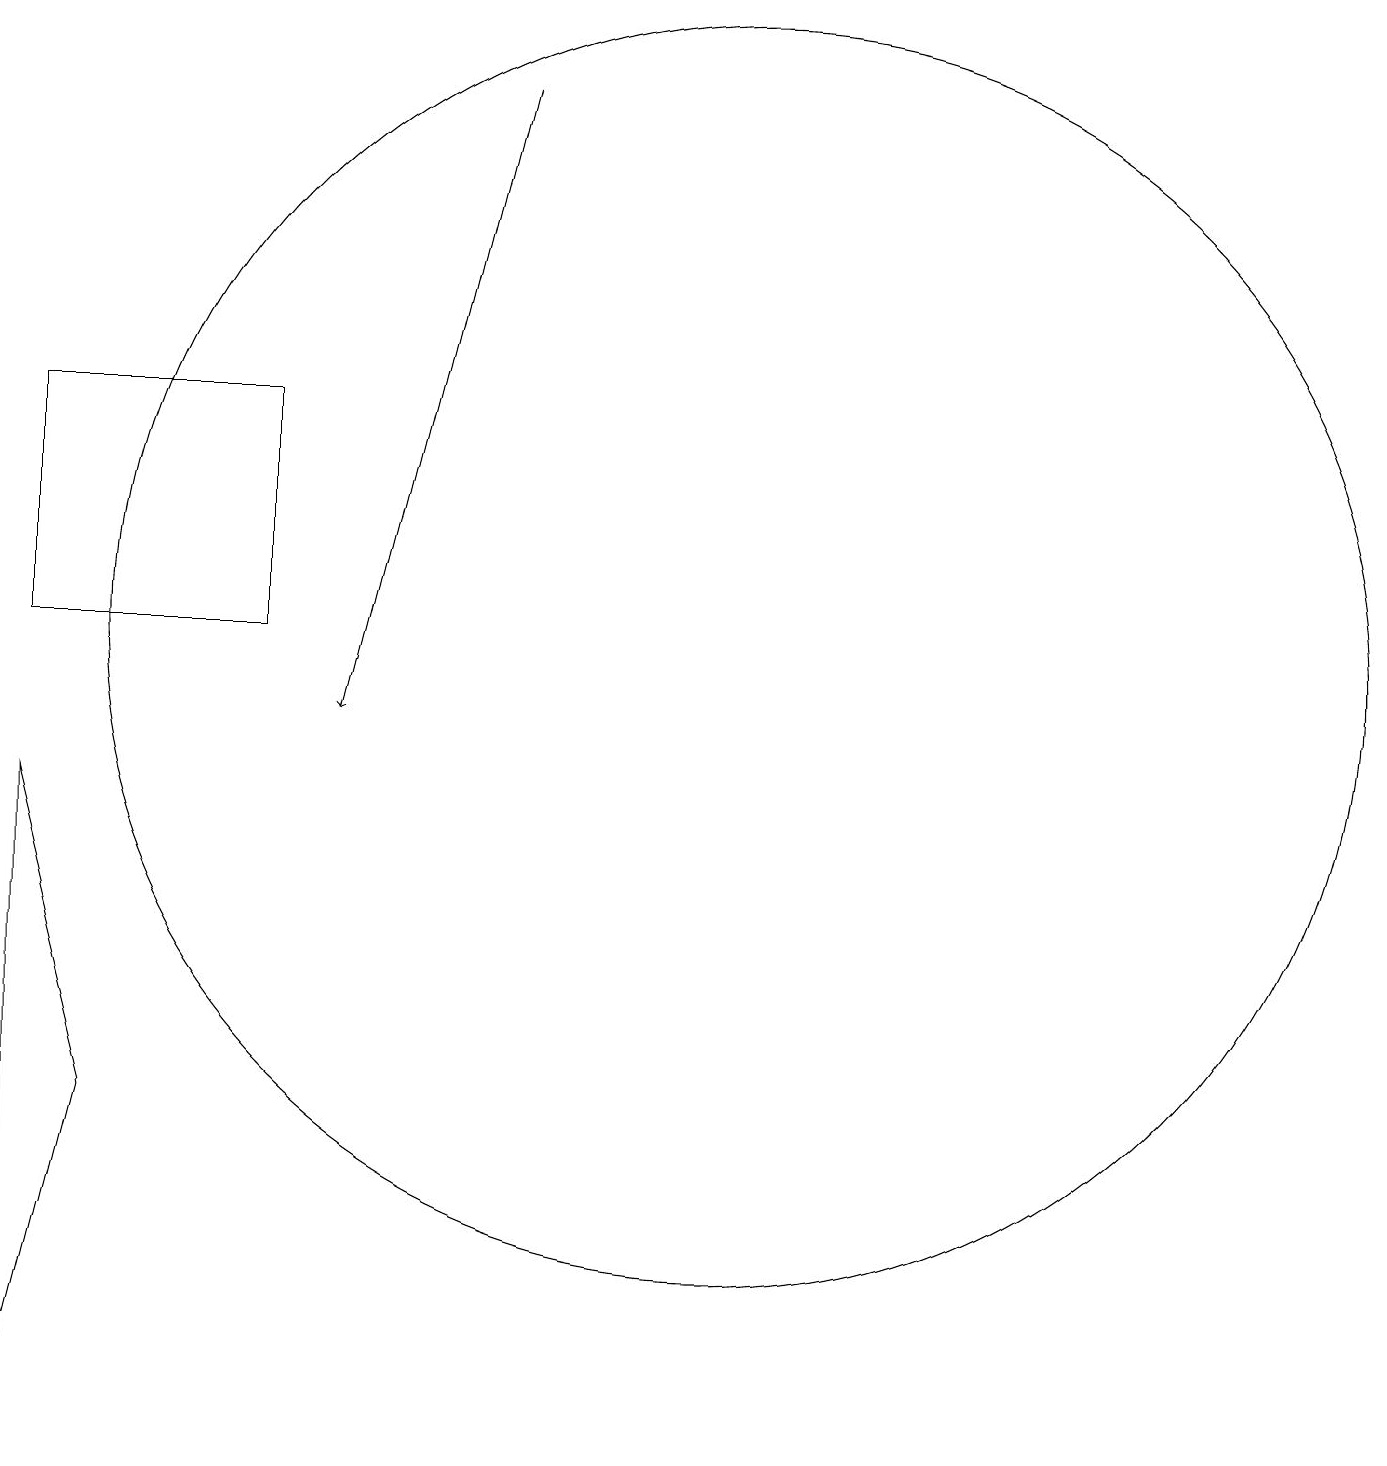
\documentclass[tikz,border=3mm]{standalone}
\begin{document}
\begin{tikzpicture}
\draw (1,9) -- (1,1) -- (2,5) -- cycle;
\draw (10,11) circle (8);
\draw[->] (7,18) -- (5,10);
\draw (1,11) rectangle (4,14);
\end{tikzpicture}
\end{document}